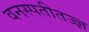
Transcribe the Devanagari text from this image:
वनस्पतीतज्ज्ञ